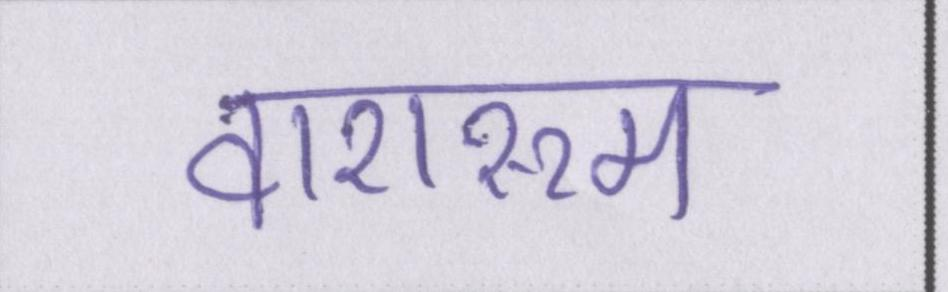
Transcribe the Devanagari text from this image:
वाशरूम